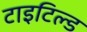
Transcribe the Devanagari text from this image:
टाइटिल्ड